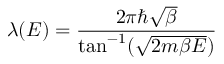
\lambda ( E ) = \frac { 2 \pi \hbar \sqrt { \beta } } { \tan ^ { - 1 } ( \sqrt { 2 m \beta E } ) }